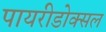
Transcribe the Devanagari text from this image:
पायरीडोक्सल